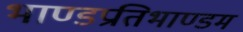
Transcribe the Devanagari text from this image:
भाण्डप्रतिभाण्डम